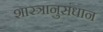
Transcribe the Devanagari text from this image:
शास्त्रानुसंधान